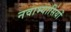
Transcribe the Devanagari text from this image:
नवाभ्यासियों